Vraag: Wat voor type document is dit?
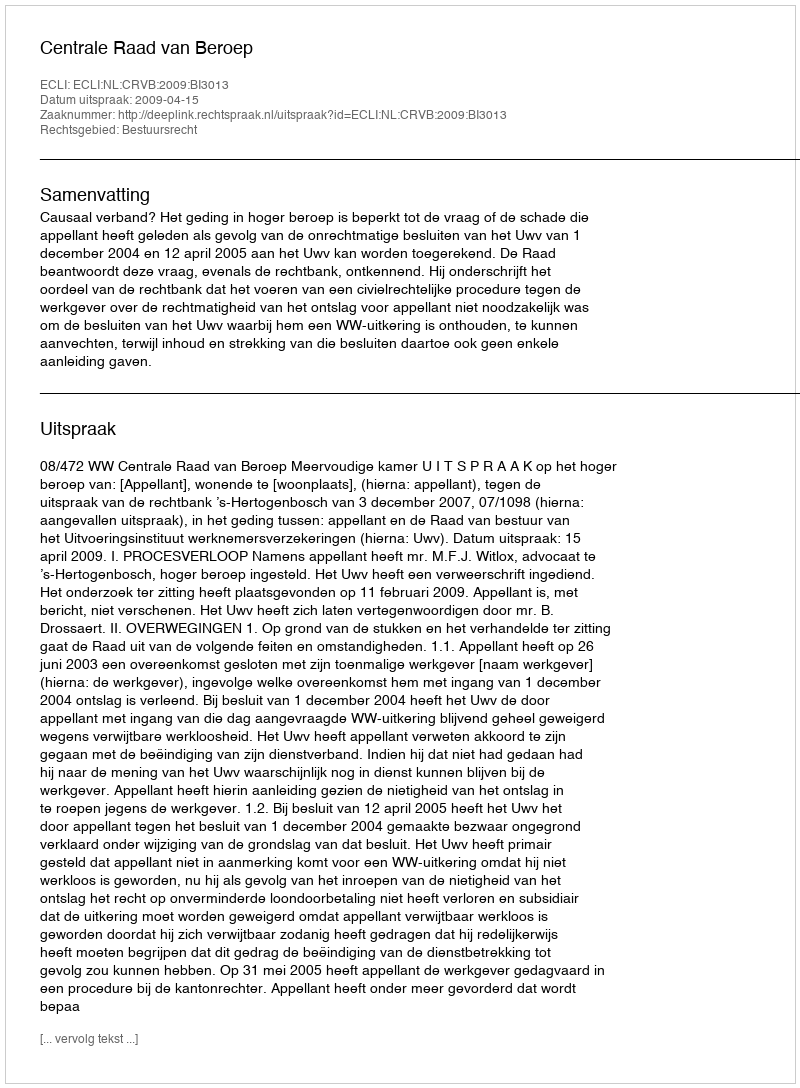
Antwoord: Uitspraak